Physiological action of certain drugs in tablet form - Number 52A
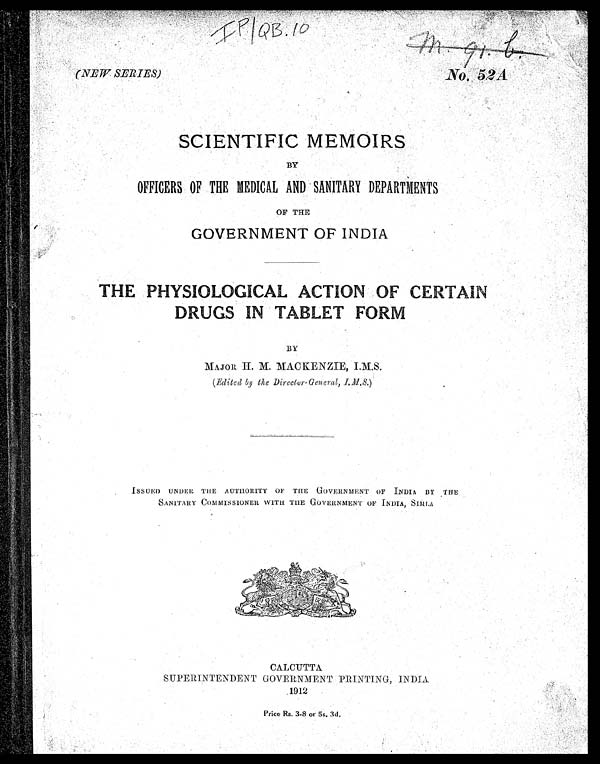
IP/QB.10
m. 91. b.
(NEW SERIES)
No:52A
SCIENTIFIC MEMOIRS
BY
OFFICERS OF THE MEDICAL AND SANITARY DEPARTMENTS
OF THE
GOVERNMENT OF INDIA
THE PHYSIOLOGICAL ACTION OF CERTAIN
DRUGS IN TABLET FORM
BY
MAJOR H. M. MACKENZIE, I.M.S.
(Edi t ed by t he Di r ect or - Gener al , I . M. S.)
ISSUED UNDER THE AUTHORITY OF THE GOVERNMENT OF INDIA BY THE
SANITARY COMMISSIONER WITH THE GOVERNMENT OF INDIA, SIMLA
CALCUTTA
SUPERINTENDENT GOVERNMENT PRINTING, INDIA.
1912
Price Rs. 3-8 or 5s. 3d,